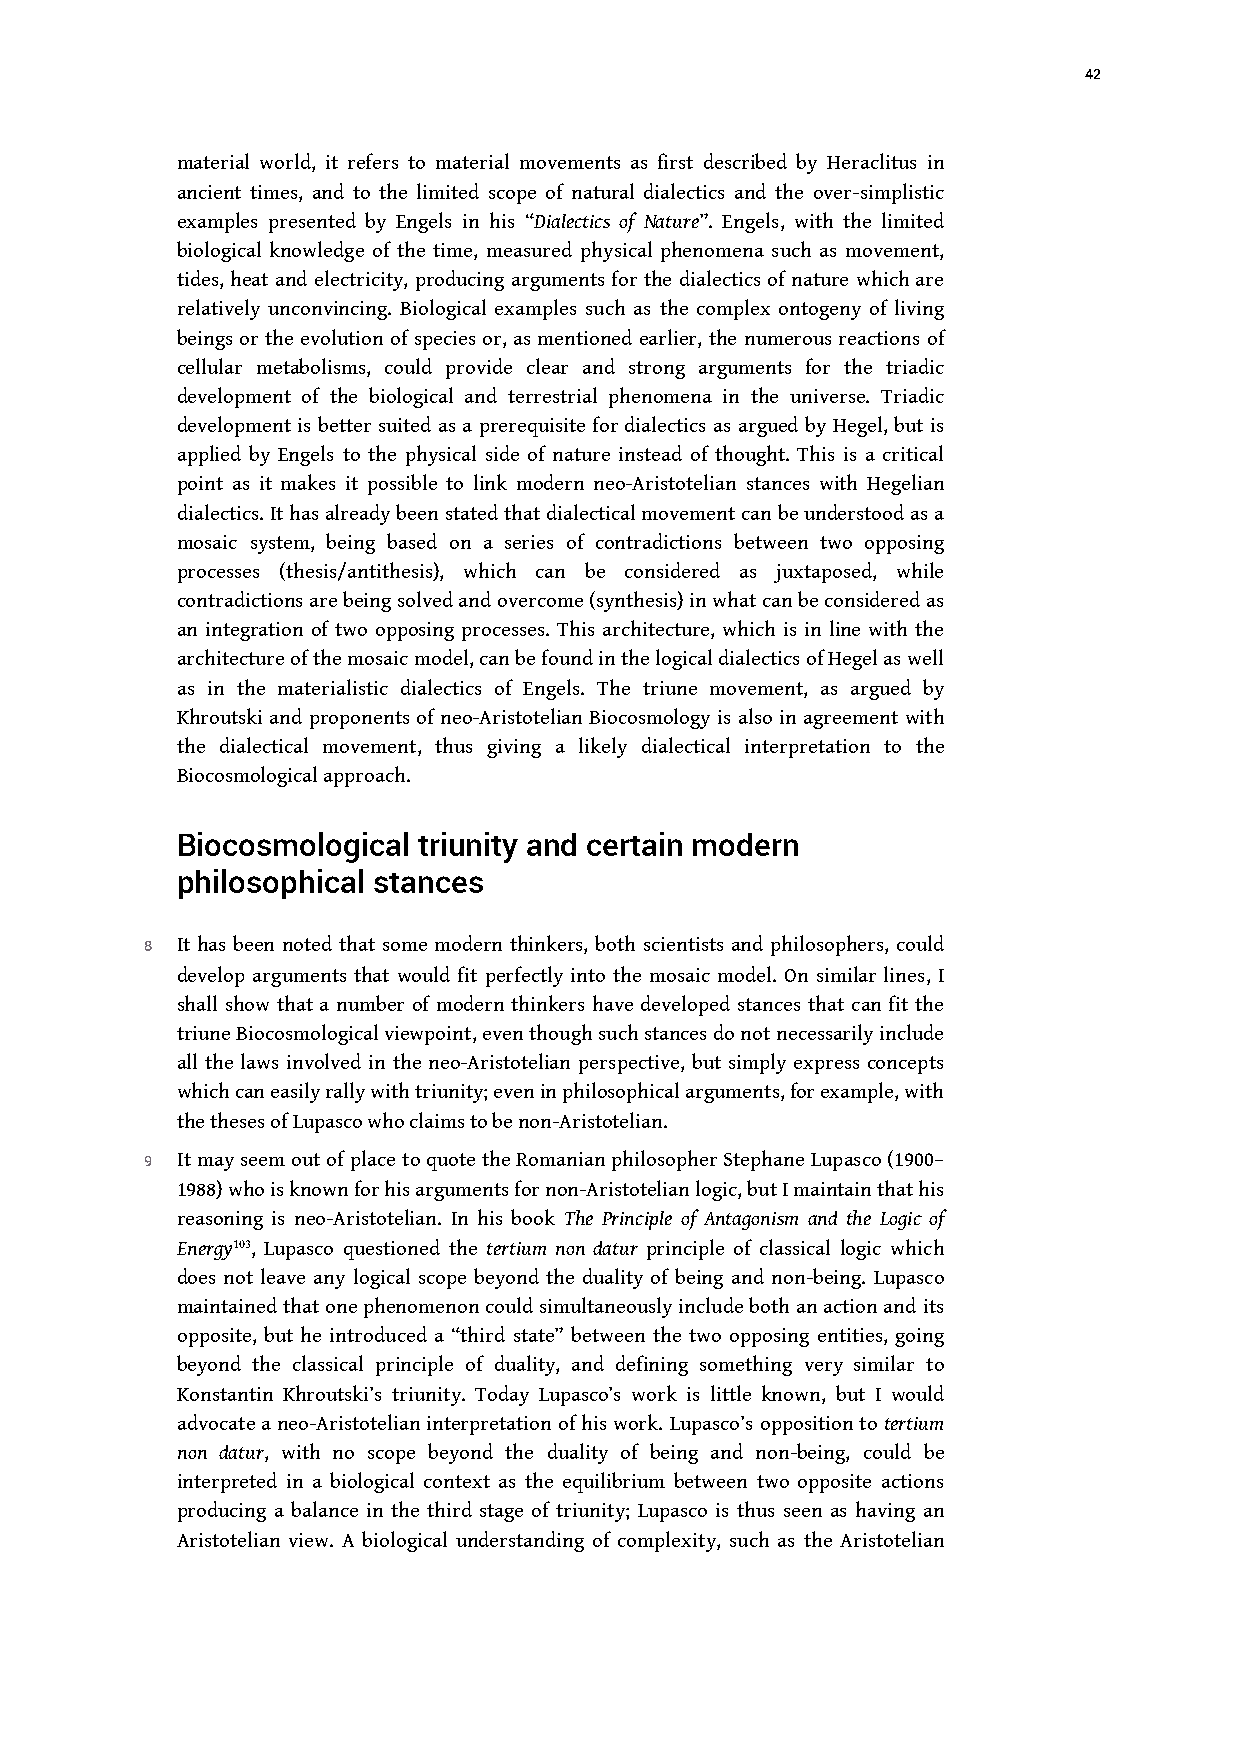
42
 material world, it refers to material movements as first described by Heraclitus in
 ancient times, and to the limited scope of natural dialectics and the over-simplistic
 examples presented by Engels in his “Dialectics of Nature”. Engels, with the limited
 biological knowledge of the time, measured physical phenomena such as movement,
 tides, heat and electricity, producing arguments for the dialectics of nature which are
 relatively unconvincing. Biological examples such as the complex ontogeny of living
 beings or the evolution of species or, as mentioned earlier, the numerous reactions of
 cellular metabolisms, could provide clear and strong arguments for the triadic
 development of the biological and terrestrial phenomena in the universe. Triadic
 development is better suited as a prerequisite for dialectics as argued by Hegel, but is
 applied by Engels to the physical side of nature instead of thought. This is a critical
 point as it makes it possible to link modern neo-Aristotelian stances with Hegelian
 dialectics. It has alreadybeen stated that dialectical movement can be understood as a
 mosaic system, being based on a series of contradictions between two opposing
 processes (thesis/antithesis), which can be considered as juxtaposed, while
 contradictions are being solved and overcome (synthesis) in what canbe considered as
 an integration of two opposing processes. This architecture, which is in line with the
 architecture of the mosaic model, can be found in the logical dialectics of Hegel as well
 as in the materialistic dialectics of Engels. The triune movement, as argued by
 Khroutski and proponents of neo-Aristotelian Biocosmology is also in agreement with
 the dialectical movement, thus giving a likely dialectical interpretation to the
 Biocosmological approach.
 Biocosmological triunity and certain modern
 philosophical stances
 8 It has been noted that some modern thinkers, both scientists and philosophers, could
 develop arguments that would fit perfectly into the mosaic model. On similar lines, I
 shall show that a number of modern thinkers have developed stances that can fit the
 triune Biocosmological viewpoint, even though such stances do not necessarily include
 all the laws involved in the neo-Aristotelian perspective, but simply express concepts
 which can easily rally with triunity; even in philosophical arguments,for example, with
 the theses of Lupasco who claims to be non-Aristotelian.
 9 It may seem out of place to quote the Romanian philosopher Stephane Lupasco (1900–
 1988) who is known for his arguments for non-Aristotelian logic, but I maintain that his
 reasoning is neo-Aristotelian. In his book The Principle of Antagonism and the Logic of
 Energy103, Lupasco questioned the tertium non datur principle of classical logic which
 does not leave any logical scope beyond the duality of being and non-being. Lupasco
 maintained that one phenomenon could simultaneously include both an action and its
 opposite, but he introduced a “third state” between the two opposing entities, going
 beyond the classical principle of duality, and defining something very similar to
 Konstantin Khroutski’s triunity. Today Lupasco’s work is little known, but I would
 advocate a neo-Aristotelian interpretation of his work. Lupasco’s opposition to tertium
 non datur, with no scope beyond the duality of being and non-being, could be
 interpreted in a biological context as the equilibrium between two opposite actions
 producing a balance in the third stage of triunity; Lupasco is thus seen as having an
 Aristotelian view. A biological understanding of complexity, such as the Aristotelian